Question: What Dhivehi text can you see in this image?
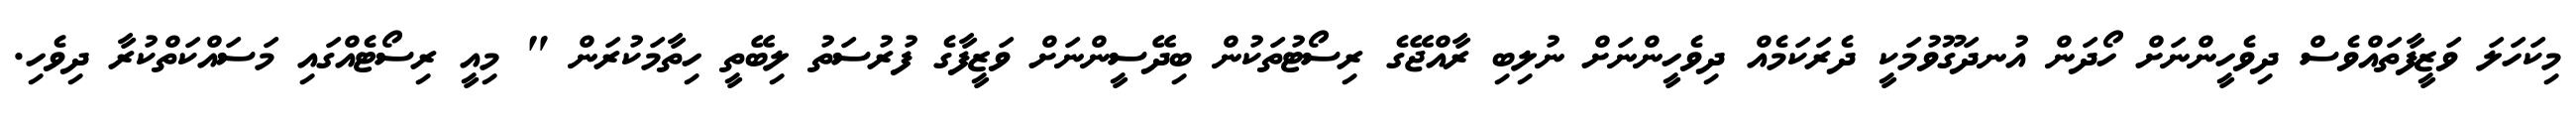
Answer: މިކަހަލަ ވަޒީފާތައްވެސް ދިވެހީންނަށް ހޯދަން އުނދަގޫވުމަކީ ދެރަކަމެއް ދިވެހީންނަށް ނުލިބި ރާއްޖޭގެ ރިސޯޓުތަކުން ބިދޭސީންނަށް ވަޒީފާގެ ފުރުސަތު ލިބޭތީ ހިތާމަކުރަން " މިއީ ރިސޯޓެއްގައި މަސައްކަތްކުރާ ދިވެހި.